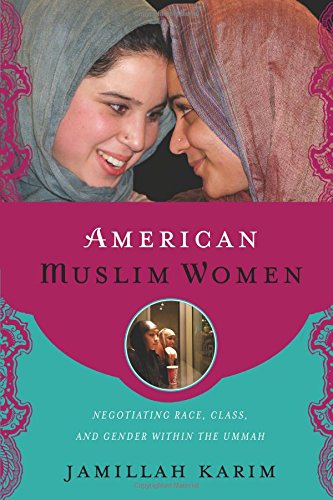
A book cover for American Muslim Women: Negotiating Race, Class, and Gender within the Ummah (Religion, Race, and Ethnicity); Jamillah Karim; Religion & Spirituality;